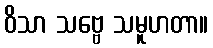
ဝိသာ သဗ္ဗေ သမူဟတာ။